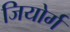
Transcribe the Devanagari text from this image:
जियोर्ग